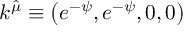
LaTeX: k ^ { \hat { \mu } } \equiv \left( e ^ { - \psi } , e ^ { - \psi } , 0 , 0 \right)